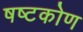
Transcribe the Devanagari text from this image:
षष्टकोण